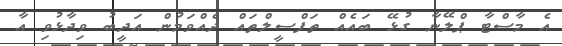
އެ މާސްޓާ ޕްލޭނާ ގުޅޭ ބައެއް ތަފްސީލްތައް ދެއްވަމުން އަދީބު ވިދާޅުވި އާ